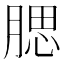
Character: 腮